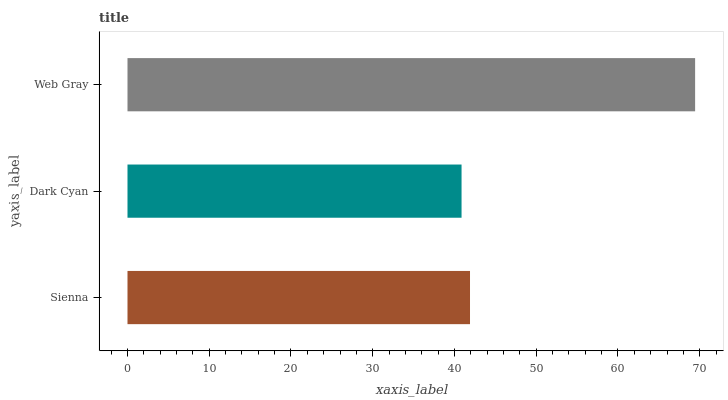
| yaxis_label | bars |
 | --- | --- |
 | Sienna | 41.9 |
 | Dark Cyan | 40.9 |
 | Web Gray | 69.4 |